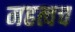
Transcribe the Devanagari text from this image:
महत्वच